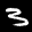
Label: 3